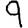
Digit: 9